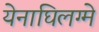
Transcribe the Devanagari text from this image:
येनाघिलग्मे